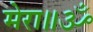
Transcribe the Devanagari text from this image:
मेरा॥ॐ